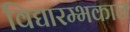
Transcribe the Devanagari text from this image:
विद्यारम्भकाल